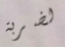
لضربة